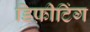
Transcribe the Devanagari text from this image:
डिफ़ीटिंग